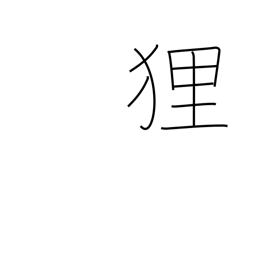
Meaning: raccoon